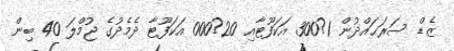
ޒެޑް ސަރަޙައްދުން 1?300 އަކަފޫޓާއި 20?000 އަކަފޫޓާ ދެމެދުގެ ޖުމްލަ 40 ބިން